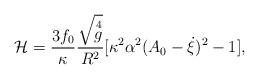
LaTeX: \begin{align*}\mathcal{H}=\frac{3f_0}{\kappa}\frac{\sqrt{\mathop{g}\limits^4}}{R^2}[\kappa^2\alpha^2(A_0-\dot{\xi})^2-1],\end{align*}